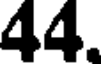
44.